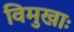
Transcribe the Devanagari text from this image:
विमुखाः